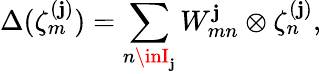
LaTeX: \Delta(\zeta_{m}^{(\mathbf{j})})=\sum_{n\inI_{\mathbf{j}}}W_{mn}^{\mathbf{j}}\otimes\zeta_{n}^{(\mathbf{j})},